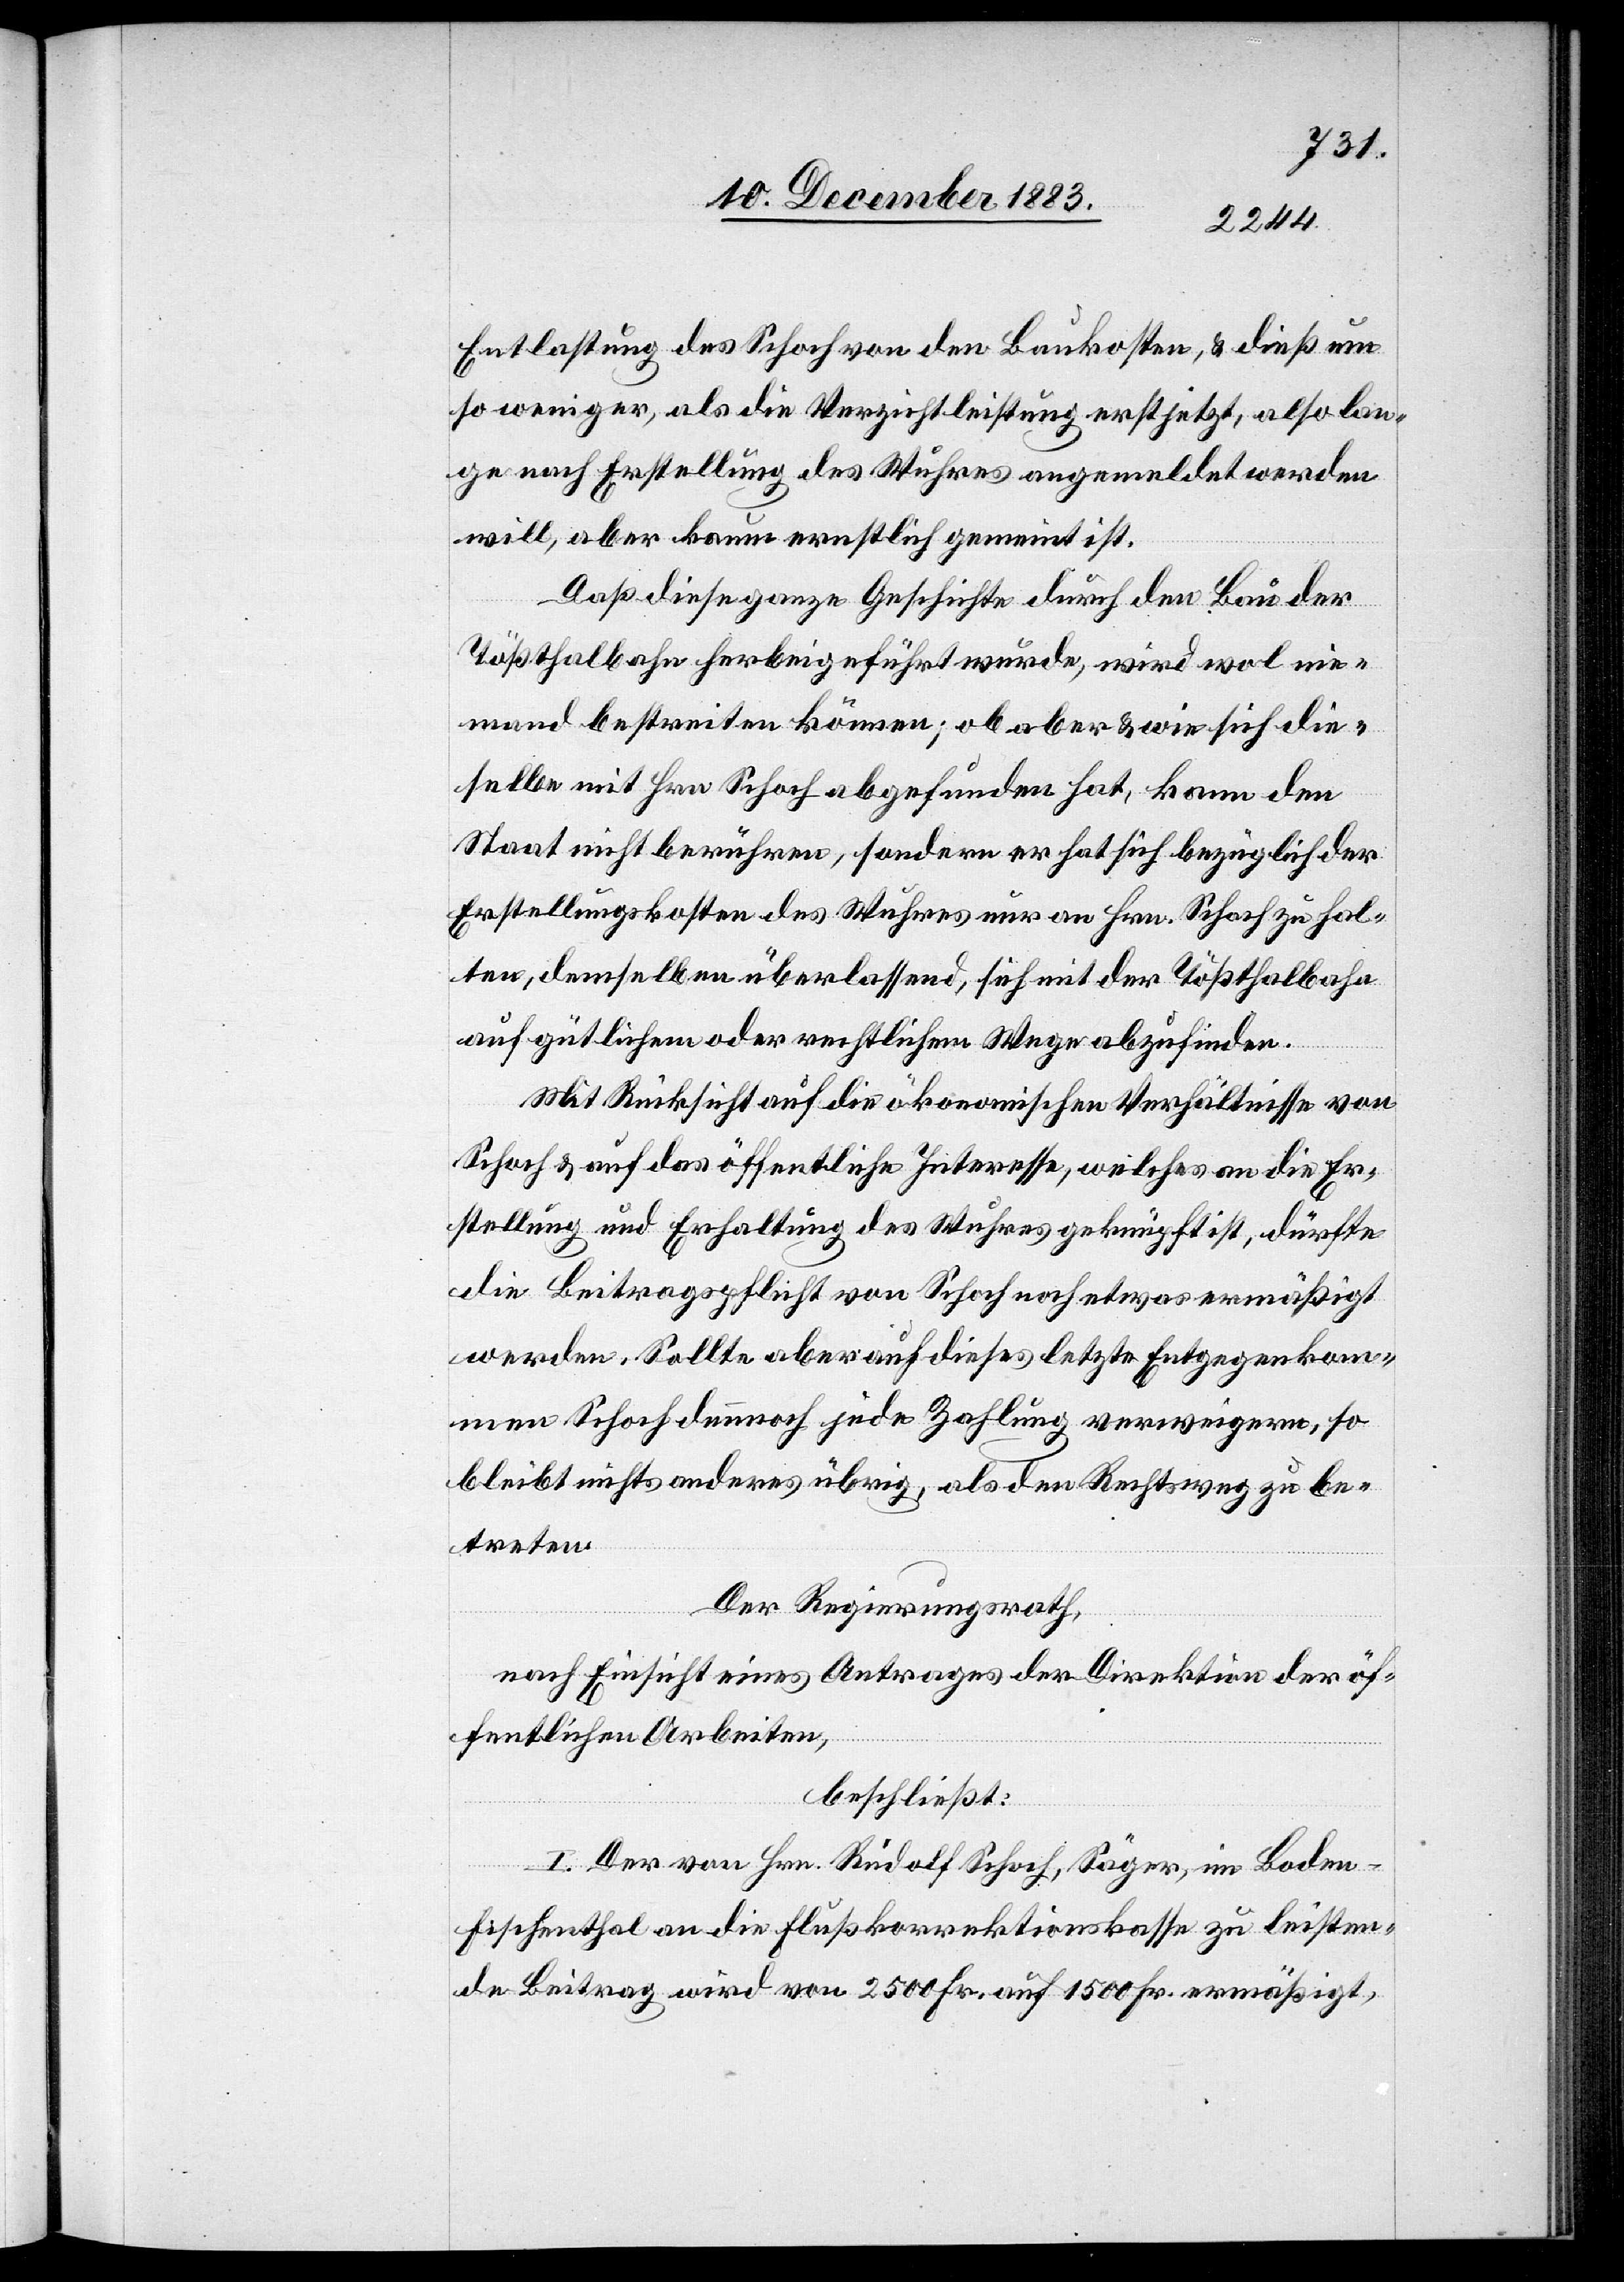
Entlastung des Schoch von den Baukosten, & dieß um
so weniger, als die Verzichtleistung erst jetzt, also lan¬
ge nach Erstellung des Wuhres angemeldet werden
will, aber kaum ernstlich gemeint ist.
Daß diese ganze Geschichte durch den Bau der
Tößthalbahn herbeigeführt wurde, wird wol nie¬
mand bestreiten können; ob aber & wie sich die¬
selbe mit Hrn. Schoch abgefunden hat, kann den
Staat nicht berühren, sondern er hat sich bezüglich der
Erstellungskosten des Wuhres nur an Hrn. Schoch zu hal¬
ten, demselben überlassend, sich mit der Tößthalbahn
auf gütlichem oder rechtlichem Wege abzufinden.
Mit Rücksicht auf die ökonomischen Verhältnisse von
Schoch & auf das öffentliche Interesse, welches an die Er¬
stellung und Erhaltung des Wuhres geknüpft ist, dürfte
die Beitragspflicht von Schoch noch etwas ermäßigt
werden. Sollte aber auf dieses letzte Entgegenkom¬
men Schoch dennnoch jede Zahlung verweigern, so
bleibt nichts anderes übrig, als den Rechtsweg zu be¬
treten.
Der Regierungsrath,
nach Einsicht eines Antrages der Direktion der öf¬
fentlichen Arbeiten,
beschließt:
I. Der von Hrn. Rudolf Schoch, Säger, im Boden
Fischenthal an die Flußkorrektionskasse zu leisten¬
de Beitrag wird von 2500 Fr. auf 1500 Fr. ermäßigt,